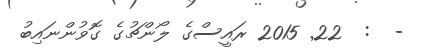
-  :  22